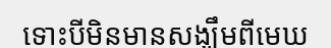
ទោះបីមិនមានសង្ឃឹមពីមេឃ